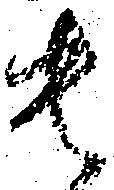
貴